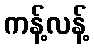
ကန့်လန့်